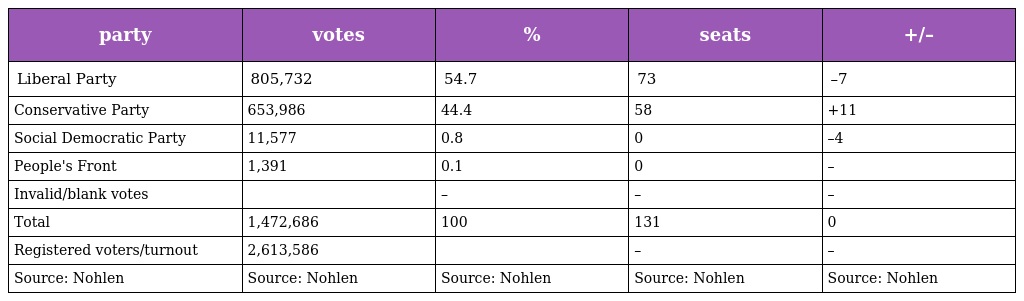
| party | votes | % | seats | +/– |
 | --- | --- | --- | --- | --- |
 | Liberal Party | 805,732 | 54.7 | 73 | –7 |
 | Conservative Party | 653,986 | 44.4 | 58 | +11 |
 | Social Democratic Party | 11,577 | 0.8 | 0 | –4 |
 | People's Front | 1,391 | 0.1 | 0 | – |
 | Invalid/blank votes |  | – | – | – |
 | Total | 1,472,686 | 100 | 131 | 0 |
 | Registered voters/turnout | 2,613,586 |  | – | – |
 | Source: Nohlen | Source: Nohlen | Source: Nohlen | Source: Nohlen | Source: Nohlen |